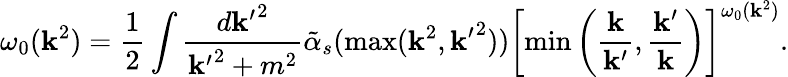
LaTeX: \omega_{0}(\mathbf{k}^{2})=\frac{{1}}{{2}}\int\frac{{d{\mathbf{k}^{\prime}}^{2}}}{{{\mathbf{k}^{\prime}}^{2}+m^{2}}}\tilde{{\alpha}}_{s}(\operatorname*{max}(\mathbf{k}^{2},{\mathbf{k}^{\prime}}^{2}))\left[\operatorname*{min}\left(\frac{{\mathbf{k}}}{{\mathbf{k}^{\prime}}},\frac{{\mathbf{k}^{\prime}}}{{\mathbf{k}}}\right)\right]^{\omega_{0}(\mathbf{k}^{2})}.